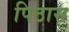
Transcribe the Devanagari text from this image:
पिठास